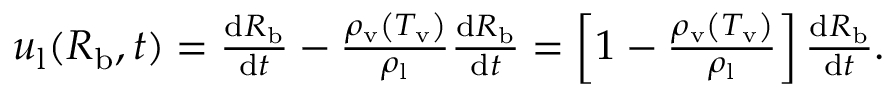
\begin{array} { r } { u _ { \mathrm { l } } ( R _ { \mathrm { b } } , t ) = \frac { \mathrm d R _ { \mathrm { b } } } { \mathrm d t } - \frac { \rho _ { \mathrm { v } } \left( T _ { \mathrm { v } } \right) } { \rho _ { \mathrm { l } } } \frac { \mathrm d R _ { \mathrm { b } } } { \mathrm d t } = \left[ 1 - \frac { \rho _ { \mathrm { v } } \left( T _ { \mathrm { v } } \right) } { \rho _ { \mathrm { l } } } \right] \frac { \mathrm d R _ { \mathrm { b } } } { \mathrm d t } . } \end{array}